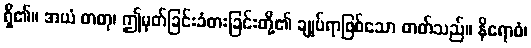
ရှိ၏။ အယံ ဓာတု၊ ဤမှတ်ခြင်းခံစားခြင်းတို့၏ ချုပ်ရာဖြစ်သော ဓာတ်သည်။ နိရောဓံ၊